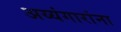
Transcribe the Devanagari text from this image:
अय्यंगारांना